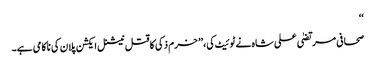
‘‘
صحافی مرتضیٰ علی شاہ نے ٹوئیٹ کی،’’ خرم ذکی کا قتل نیشنل ایکشن پلان کی ناکامی ہے۔